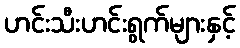
ဟင်းသီးဟင်းရွက်များနှင့်